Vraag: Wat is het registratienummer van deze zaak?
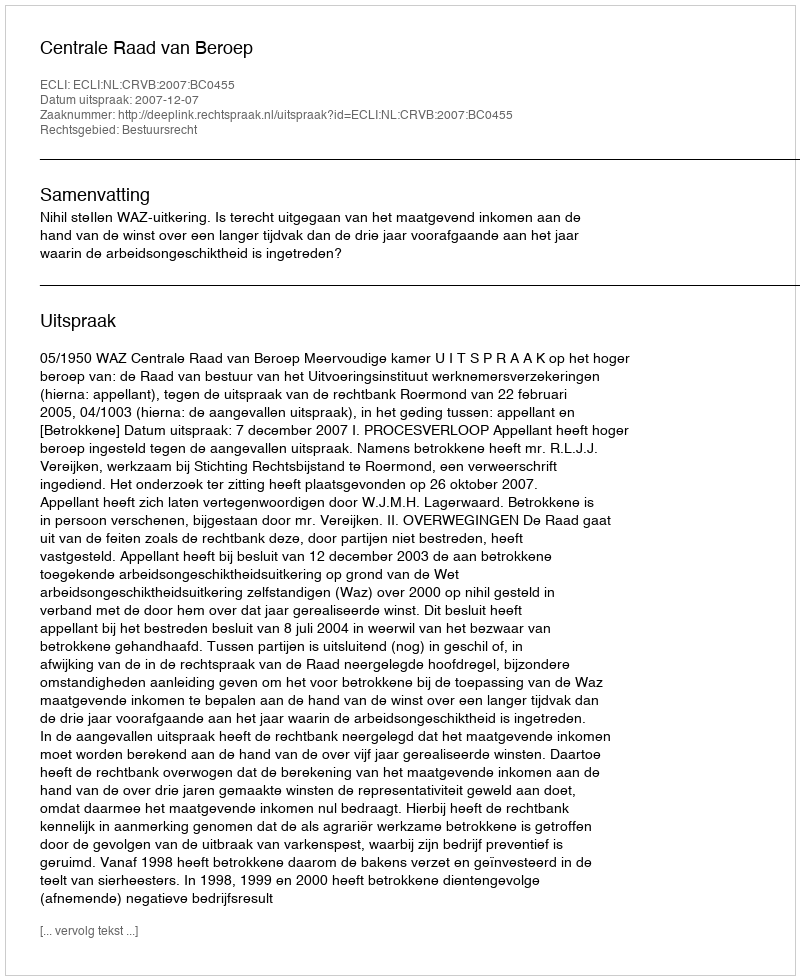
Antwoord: http://deeplink.rechtspraak.nl/uitspraak?id=ECLI:NL:CRVB:2007:BC0455